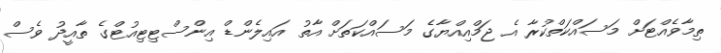
ތިމާވެއްޓަށް މަސައްކަތްކުރާ އެ ޖަމްއިއްޔާގެ މަސައްކަތަށް އާތު އައިލެންޑް އިންސްޓިޓިއުޓްގެ ތާއީދު ވެސް